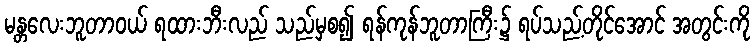
မန္တလေးဘူတာဝယ် ရထားဘီးလည် သည်မှစ၍ ရန်ကုန်ဘူတာကြီး၌ ရပ်သည့်တိုင်အောင် အတွင်းကို